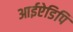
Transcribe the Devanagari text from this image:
आईऐडिपि